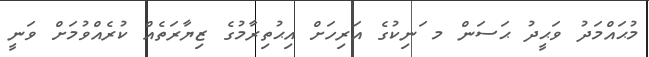
މުޙައްމަދު ވަޙީދު ޙަސަން މ ަނިކުގެ އަރިހަށް އިޙުތިރާމުގެ ޒިޔާރަތެއް ކުރެއްވުމަށް ވަނީ